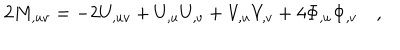
2 M _ { , u v } = - 2 U _ { , u v } + U _ { , u } U _ { , v } + V _ { , u } V _ { , v } + 4 \Phi _ { , u } \Phi _ { , v } \quad ,